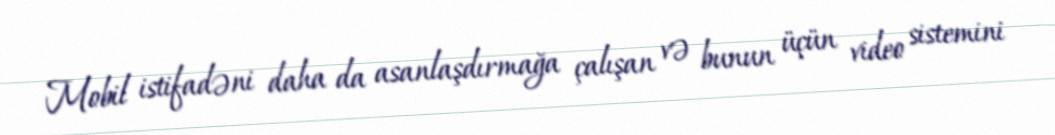
Mobil istifadəni daha da asanlaşdırmağa çalışan və bunun üçün video sistemini